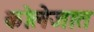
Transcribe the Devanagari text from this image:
कॊलेजात